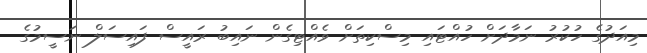
މިއަދުގެ ހުކުރު ނަމާދަށް ހުއްޓައި މިސްކިތަށް ވެއްޓިގެން ނައިބު ރައީސް ފައިސަލް ނަސީމުގެ